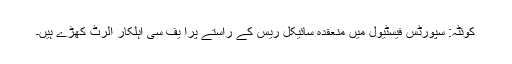
کوئٹہ: سپورٹس فیسٹیول میں منعقدہ سائیکل ریس کے راستے پرا یف سی اہلکار الرٹ کھڑے ہیں۔